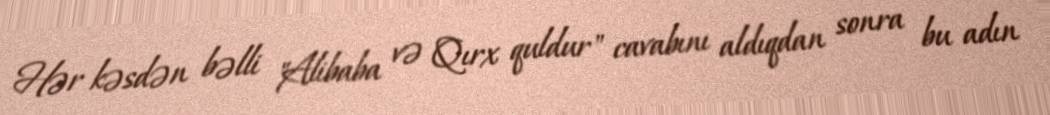
Hər kəsdən bəlli "Alibaba və Qırx quldur" cavabını aldıqdan sonra bu adın